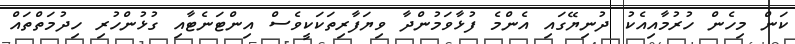
ކަން މިހެން ހުރުމާއިއެކު ދުނިޔޭގައި އެންމެ ފުޅާވަމުންދާ ވިޔަފާރިތަކަކީވެސް އިންޓަނެޓާއި ގުޅުންހުރި ހިދުމަތްތައް